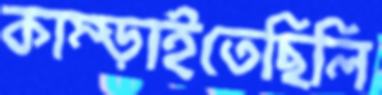
কাম্‌ড়াইতেছিলি